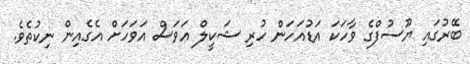
ބޭރުގައި ޔޫސުފްގެ ވާހަކަ އަޑުއަހަން ހުރި ޝަކީލް އަވަސް އަވަހަށް އެގެއިން ނިކުތެވެ.